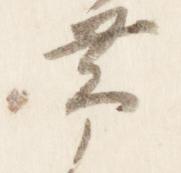
帯